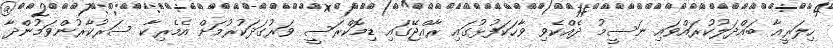
ހިލަރީއާ ބައްދަލުކުރައްވައި ނަސީމު ދެއްކެވި ވާހަކަފުޅުގައި ރާއްޖޭގައި ޑިމޮކްރަސީ ވަރުގަދަކުރުމަށް އެމެރިކާ ސަރުކާރުންވަމުންދާ